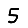
Digit: 5